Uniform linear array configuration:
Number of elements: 12
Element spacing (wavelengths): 1
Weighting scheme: hann
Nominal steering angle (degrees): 15
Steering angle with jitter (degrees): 15.748
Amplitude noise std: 0.05
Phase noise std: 0.05

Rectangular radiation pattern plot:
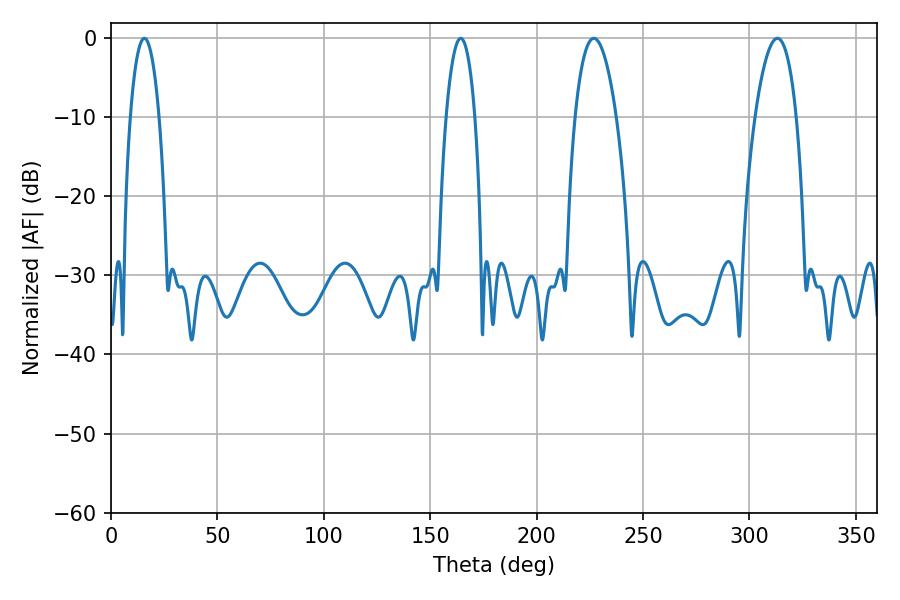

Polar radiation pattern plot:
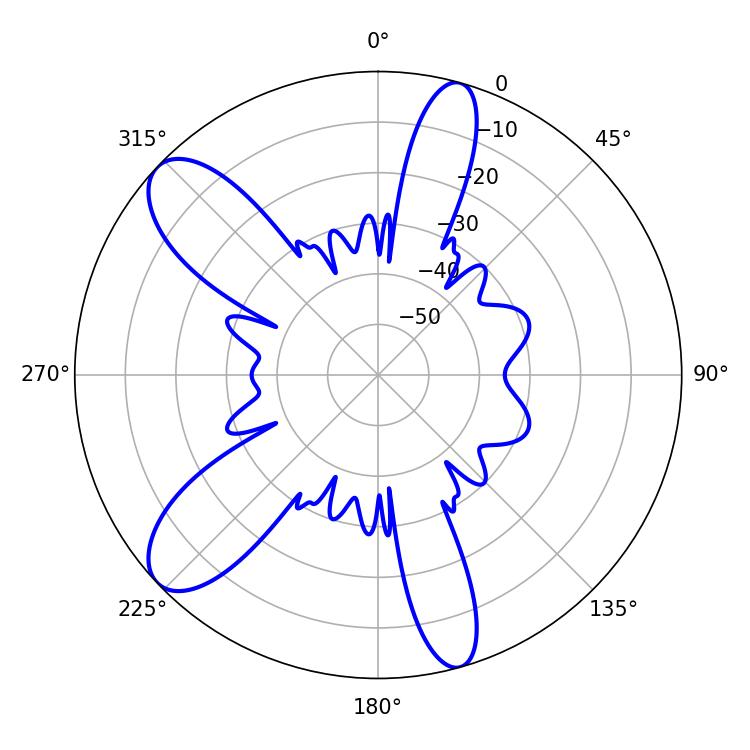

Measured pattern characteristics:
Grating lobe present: TRUE
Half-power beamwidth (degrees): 7.56
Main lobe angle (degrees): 15.66